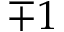
\mp 1